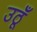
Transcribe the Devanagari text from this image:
उठूँ